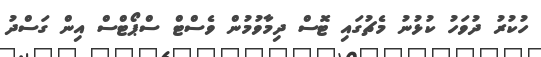
ހުކުރު ދުވަހު ކުޅުނު މެޗުގައި ޓޮސް ދިމާވުމުން ވެސްޓް ސްޕޯޓްސް އިން ގަސްދު